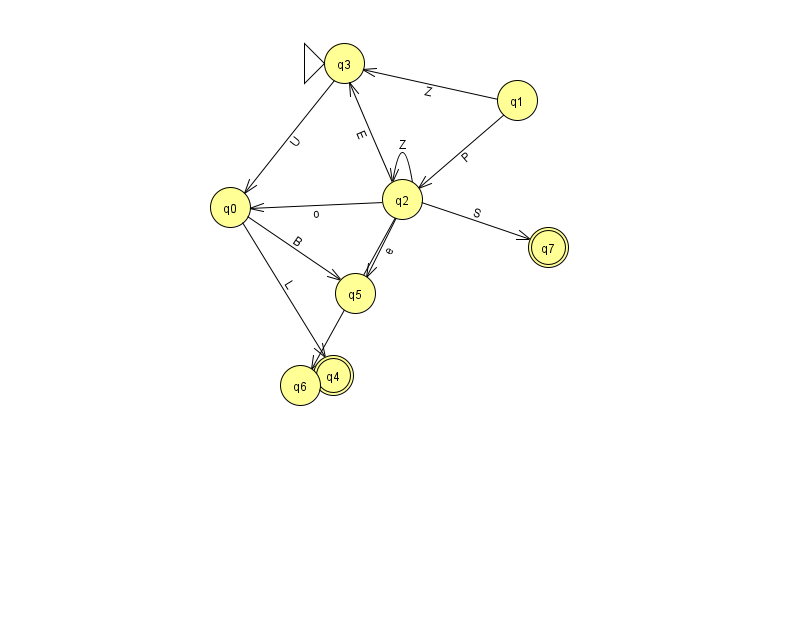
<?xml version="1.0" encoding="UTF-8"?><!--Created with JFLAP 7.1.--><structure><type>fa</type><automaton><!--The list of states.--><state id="0" name="q0"><x>230.0</x><y>194.0</y></state><state id="1" name="q1"><x>517.0</x><y>87.0</y></state><state id="2" name="q2"><x>402.0</x><y>186.0</y></state><state id="3" name="q3"><x>344.0</x><y>50.0</y><initial/></state><state id="4" name="q4"><x>333.0</x><y>362.0</y><final/></state><state id="5" name="q5"><x>355.0</x><y>280.0</y></state><state id="6" name="q6"><x>300.0</x><y>372.0</y></state><state id="7" name="q7"><x>548.0</x><y>234.0</y><final/></state><!--The list of transitions.--><transition><from>2</from><to>7</to><read>S</read></transition><transition><from>0</from><to>5</to><read>B</read></transition><transition><from>2</from><to>0</to><read>o</read></transition><transition><from>3</from><to>0</to><read>U</read></transition><transition><from>2</from><to>2</to><read>Z</read></transition><transition><from>2</from><to>5</to><read>e</read></transition><transition><from>0</from><to>4</to><read>L</read></transition><transition><from>1</from><to>3</to><read>Z</read></transition><transition><from>1</from><to>2</to><read>P</read></transition><transition><from>2</from><to>3</to><read>E</read></transition><transition><from>2</from><to>6</to><read>i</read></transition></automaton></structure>